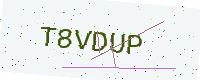
Text: T8VDUP